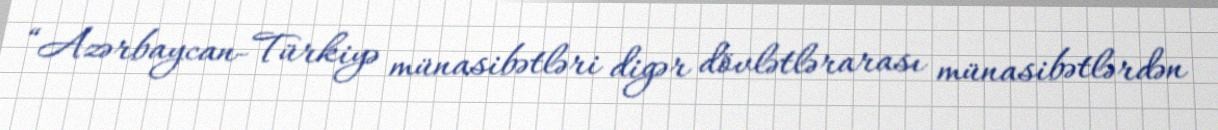
“Azərbaycan-Türkiyə münasibətləri digər dövlətlərarası münasibətlərdən